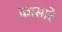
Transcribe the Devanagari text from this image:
कासारे